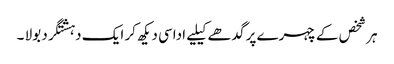
ہر شخص کے چہرے پر گدھے کیلیے اداسی دیکھ کر ایک دہشتگرد بولا ۔